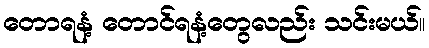
တောရနံ့ တောင်ရနံ့တွေလည်း သင်းမယ်။